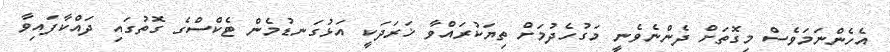
އެހެންނަމަވެސް މިގޮތަށް ދެންނެވެނީ މަގުހެދުމަށް ތިޔަކުރައްވާ ޚަރަދަކީ އަޅުގަނޑުމެން ޓެކްސްގެ ގޮތުގައި ދައްކާފައިވާ